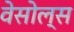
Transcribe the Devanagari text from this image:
वेसोल्स